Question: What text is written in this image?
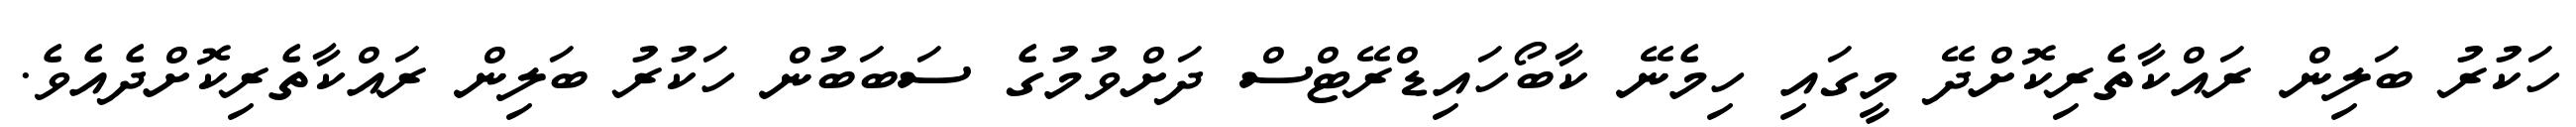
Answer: ހަކުރު ބަލިން ރައްކާތެރިކޮށްދޭ މީގައި ހިމެނޭ ކާބޯހައިޑްރޭޓްސް ދަށްވުމުގެ ސަބަބުން ހަކުރު ބަލިން ރައްކާތެރިކޮށްދެއެވެ.